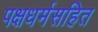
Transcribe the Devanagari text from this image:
पक्षधर्मसहित